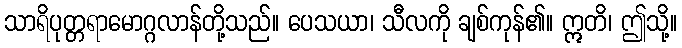
သာရိပုတ္တရာမောဂ္ဂလာန်တို့သည်။ ပေသယာ၊ သီလကို ချစ်ကုန်၏။ ဣတိ၊ ဤသို့။